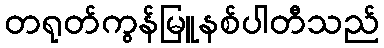
တရုတ်ကွန်မြူနစ်ပါတီသည်